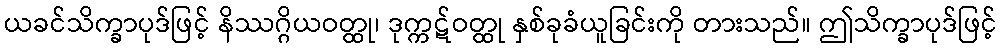
ယခင်သိက္ခာပုဒ်ဖြင့် နိဿဂ္ဂိယဝတ္ထု၊ ဒုက္ကဋ်ဝတ္ထု နှစ်ခုခံယူခြင်းကို တားသည်။ ဤသိက္ခာပုဒ်ဖြင့်